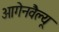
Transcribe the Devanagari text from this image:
आगेनवैल्यू